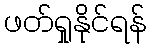
ဖတ်ရှုနိုင်ရန်